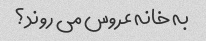
به خانه عروس می روند؟